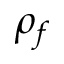
\rho _ { f }